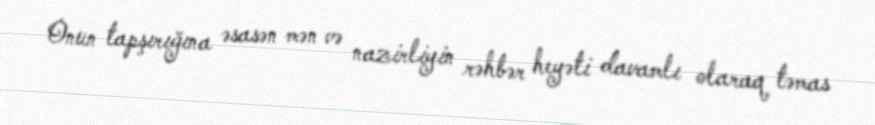
Onun tapşırığına əsasən mən və nazirliyin rəhbər heyəti davamlı olaraq təmas